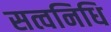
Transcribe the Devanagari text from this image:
सत्वनिधि